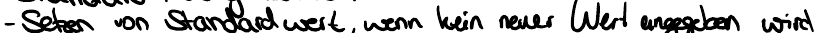
- Setzen von Standardwert, wenn kein neuer Wert angegeben wird